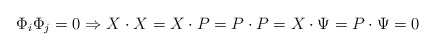
\begin{align*}\Phi _{i}\Phi _{j}=0\Rightarrow X\cdot X=X\cdot P=P\cdot P=X\cdot \Psi=P\cdot \Psi =0\end{align*}